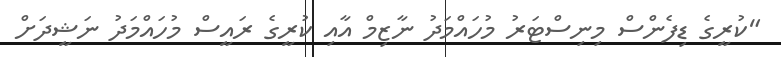
"ކުރީގެ ޑިފެންސް މިނިސްޓަރު މުހައްމަދު ނާޒިމް އާއި ކުރީގެ ރައީސް މުހައްމަދު ނަޝީދަށް